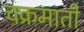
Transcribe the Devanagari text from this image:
चक्रमाती